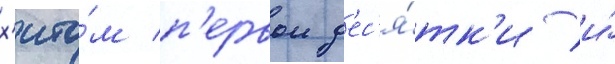
х'ито́м п'ервои д'ес'я́тк'и и́